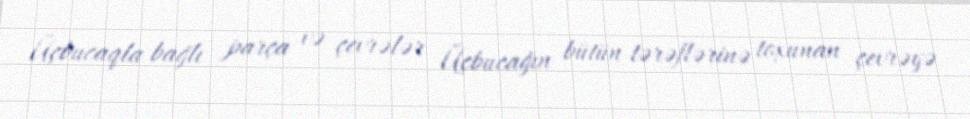
Üçbucaqla bağlı parça və çevrələr Üçbucağın bütün tərəflərinə toxunan çevrəyə